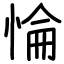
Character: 惀